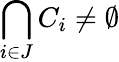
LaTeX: \bigcap_{i\in J}C_{i}\neq\emptyset